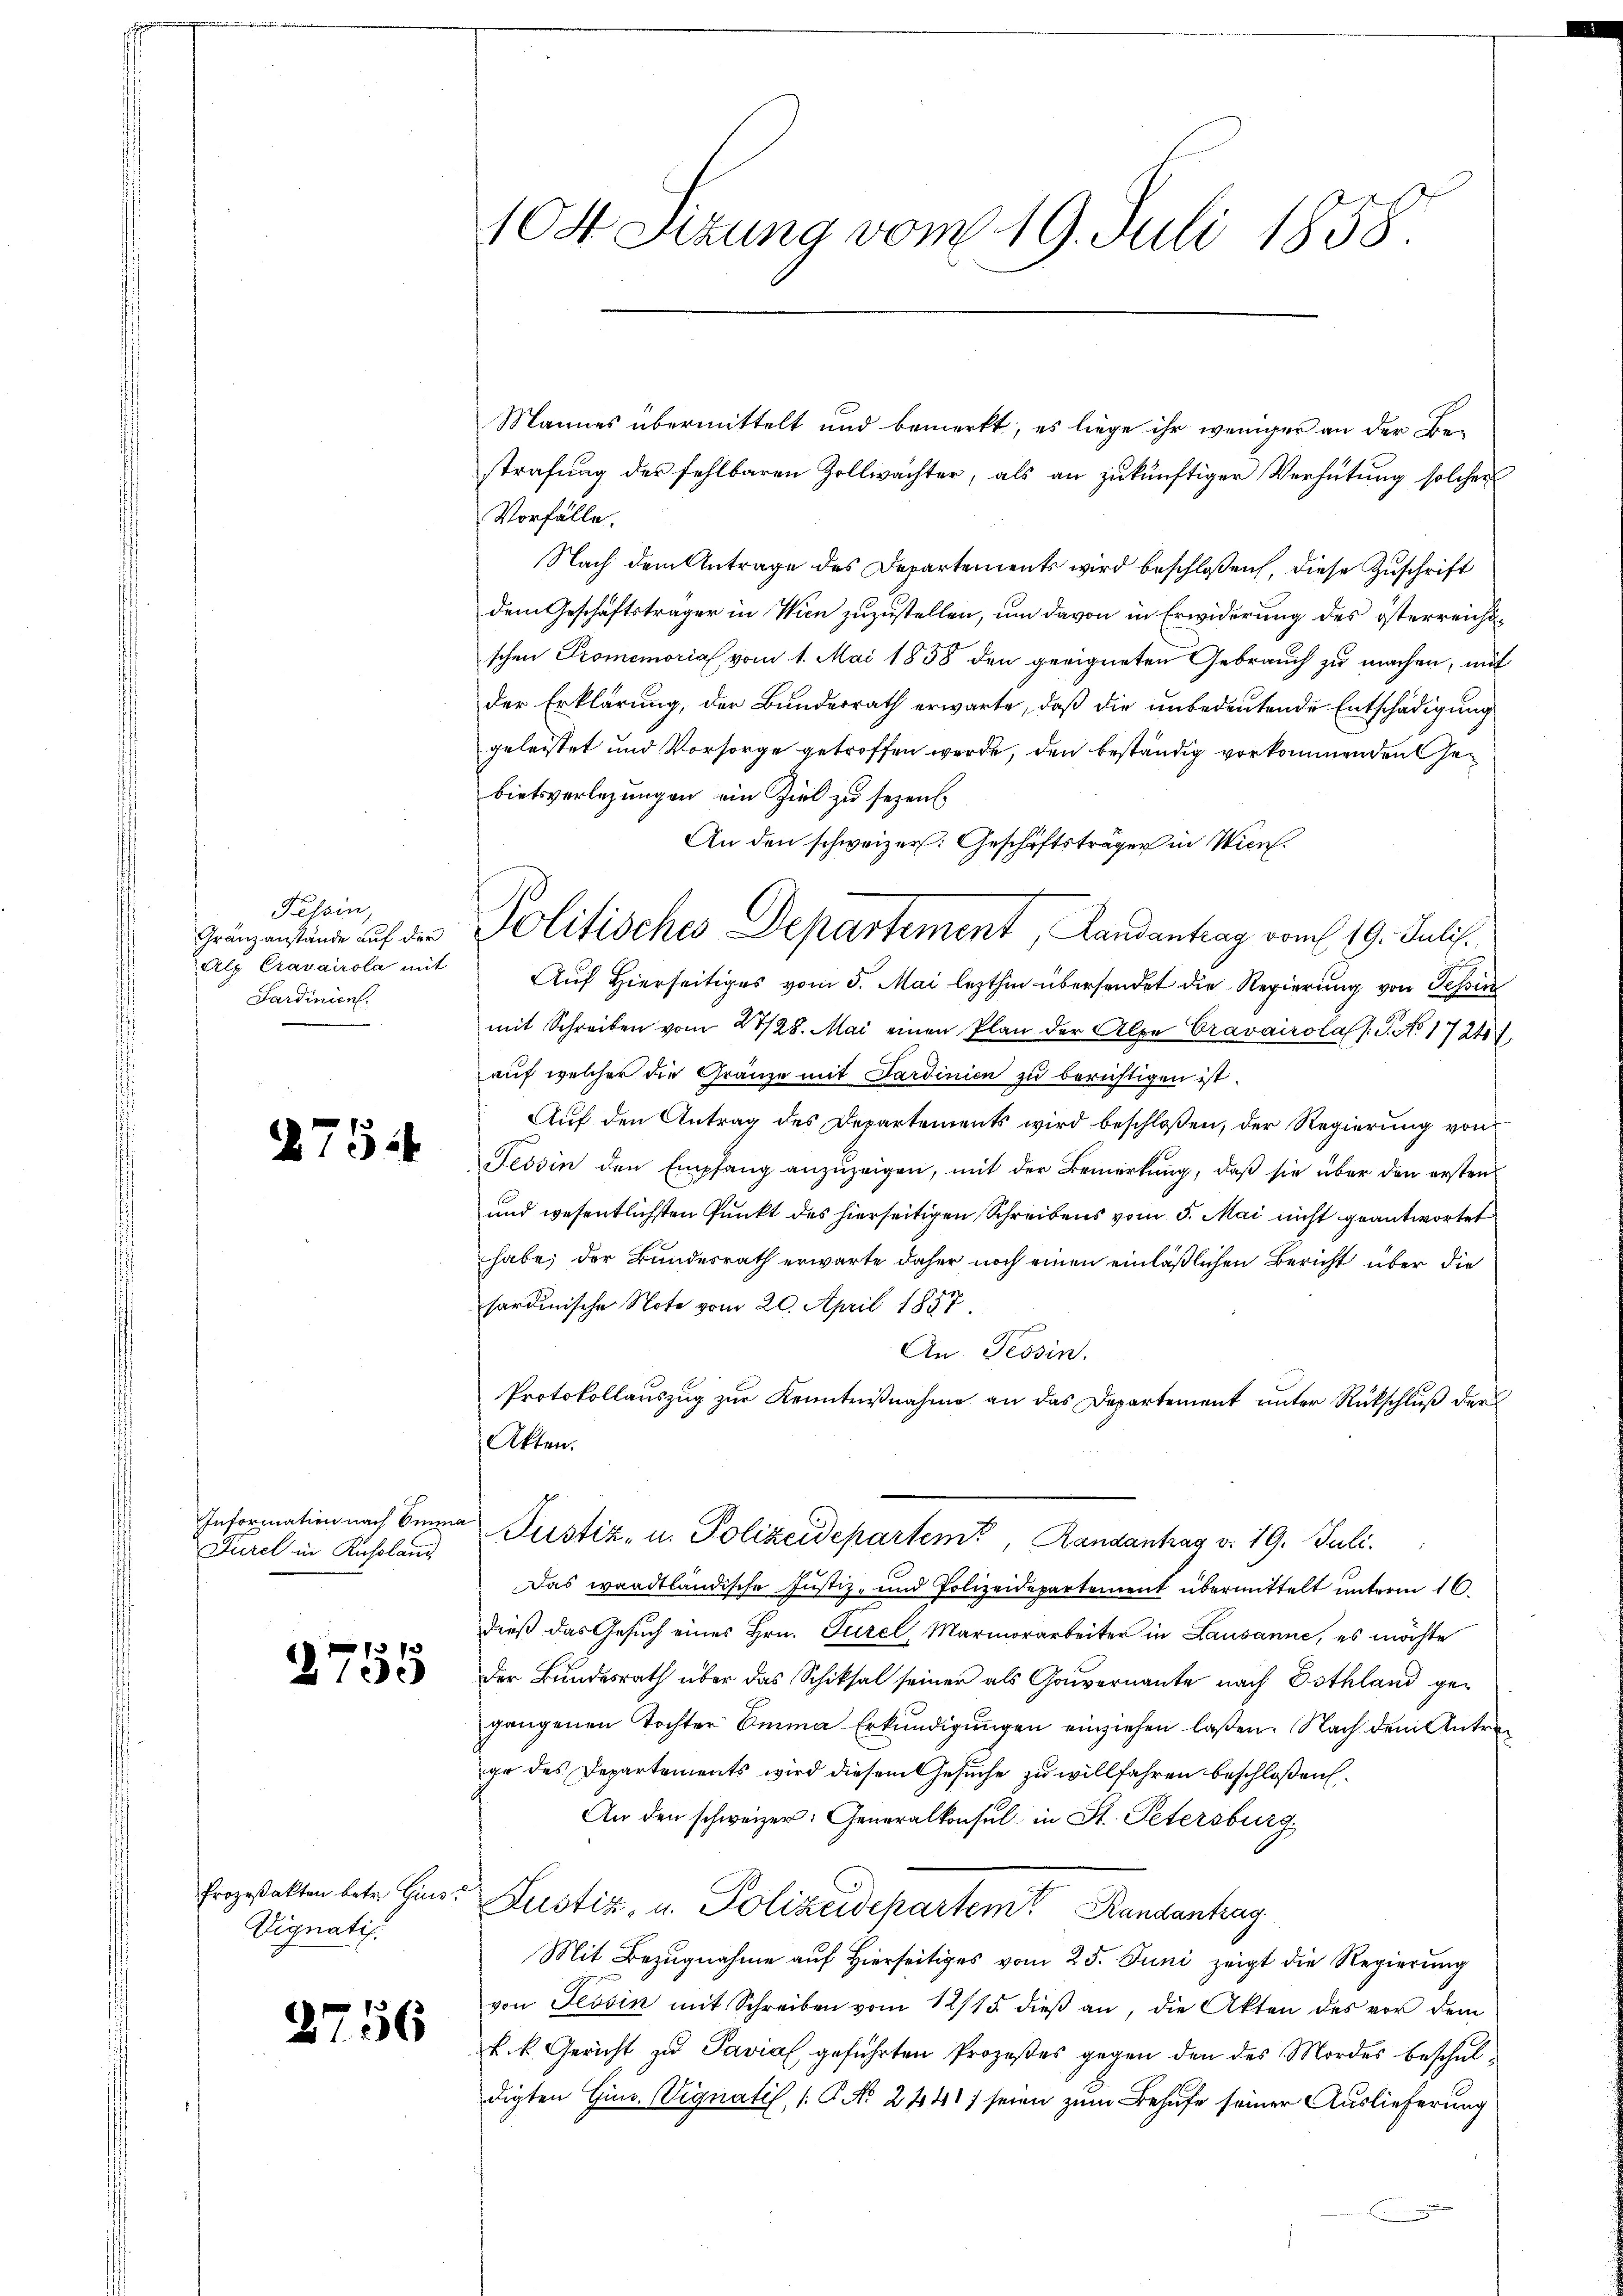
Tessin,
Gränzanstände auf der
Alp Cravairola mit
Sardinien.

8754

Furel in Russland

70
2100

Vignatis

2756

104 Sizung vom 19. Juli 1858.

Mannes übermittelt und bemerkt, es liege ihr weniger an der Bestrafŭng des fehlbaren Zollwachter, als an zŭ künftiger Verhütung solcher
Vorfälle.
Nach dem Antrage des Departements wird beschloßen, diese Zuschrift
dem Geschäftsträger in Wien zuzustellen, um davon in Erwiderung des österreichsschen Promemorial vom 1. Mai 1858 den geeigneten Gebrauch zu machen, mit
der Erklärung, der Bundesrath erwarte, daß die unbedeutende Entschädigung
geleistet und Vorsorge getroffen werde, den beständig vorkommenden Gebietsverlegungen ein Ziel zu sezen.
An den schweizer. Geschäftsträger in Wien.
Politisches Departement, Landantrag vom 19. Juli.
Auf Hierseitiges vom 5. Mai lezthin übersendet die Regierung von Tessin
mit Schreiben vom 23/28. Mai einen Plan der Alpe Cravairola /:G. No. 1724,
auf welcher die Gränze mit Sardinien zu berichtigen ist.
Auf den Antrag des Departements wird beschloßen, der Regierung von
Tessin den Empfang anzuzeigen, mit der Bemerkung, daß sie über den ersten
und wesentlichsten Punkt des hierseitigen Schreibens vom 5. Mai nicht geantwortet
habe; der Bundesrath erwarte daher noch einen einläßlichen Bericht über die
sardinische Note vom 20. April 1857.
An Tessin.
Protokollauszug zur Kenntnißnahme an das Departement unter Rückschluß der
 Akten.
Information nach Einna Justiz, u. Polizeidepartem Randantrag v. 19. Juli.
Das waadtländische Justiz- und Polizeidepartement übermittelt unterm 16.
Dieß das Gesuch eines Hrn. Furel, Marmorarbeiter in Lausanne, es möchte
Der Bundesrath über das Schiksal seiner als Gouvernante nach Dothland gegangenen Tochter Emma Erkŭndigŭngen einziehen laßen. Nach dem Antra
ge des Departements wird diesem Gesuche zu willfahren beschloßen
An den schweizer: Generalkonsul in St. Petersburg
Prozeßakten betr. Hins. Justiz, u. Polizeidepartem Randantrag
Mit Bezugnahme auf Hierseitiges vom 25. Juni zeigt die Regierung
von Tessin mit Schreiben vom 12/15. dieβ an, die Akten des vor dem
k. k. Gericht zu Pavial geführten Prozeßes gegen den des Mordes beschuldigten Gins. Vignatis, (P No. 2441, seien zum Behufe seiner Auslieferung